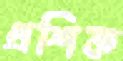
প্রশিক